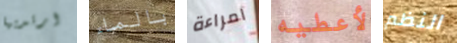
ارتديها بالماء امراءة لأعطيه النظم